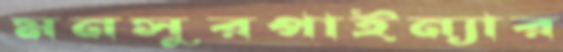
মনসুরপাইন্যার